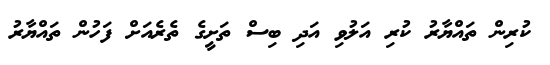
ކުރިން ތައްޔާރު ކުރި އަލުވި އަދި ބިސް ތަށީގެ ތެރެއަށް ފަހުން ތައްޔާރު